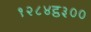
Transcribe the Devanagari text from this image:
१२८४ट्ठ३००